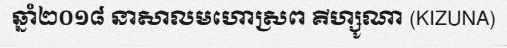
ឆ្នាំ២០១៨ នាសាលមហោស្រព គីហ្សូណា (KIZUNA)